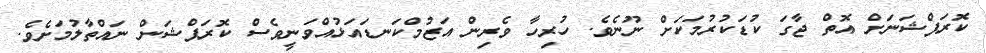
ކޮރަޕްޝަނަށް އޮތް ޖާގަ ކުޑަކުރުމަކަށް ނޫނެވެ. ހުރިހާ ވެރިން އަޒުމްކަނޑައަޅުއްވަނީވެސް ކޮރަޕްޝަން ނައްތާލުމަށެވެ.